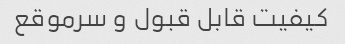
کیفیت قابل قبول و سرموقع